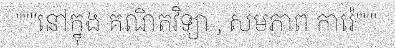
"""នៅក្នុង គណិតវិទ្យា , សមភាព ការ៉េ"""